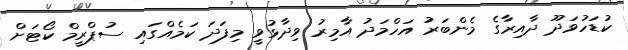
ކުޑަހުވަދޫ ދާއިރާގެ މެންބަރު އަހްމަދު އާމިރު ވިދާޅުވީ މިފަދަ ކަމެއްގައި ސުޕްރީމް ކޯޓަށް